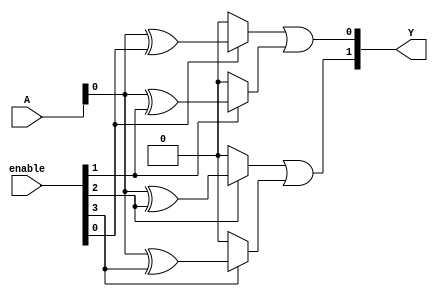
module SPAL #(
    parameter N = 4,    // Number of inputs
    parameter P = 4,    // Number of product terms
    parameter M = 2     // Number of outputs
) (
    input wire [N-1:0] A,   // Input lines
    input wire [P-1:0] enable, // Enable signals for each product term
    output wire [M-1:0] Y    // Output lines
);

// Declare wires for each product term
wire [P-1:0] product_terms [0:N-1];

// Generate the programmable AND array
genvar i, j;
generate
    for (i = 0; i < P; i = i + 1) begin : AND_array
        for (j = 0; j < N; j = j + 1) begin : input_logic
            // Each product term can be formed based on the enabled signals
            assign product_terms[i][j] = enable[i] ? (A[j] ^ (enable[i] & 1'b1)) : 1'b0; // XOR for demonstration
        end
    end
endgenerate

// Fixed OR array to combine product terms
assign Y[0] = product_terms[0] | product_terms[1]; // Example logic for output Y[0]
assign Y[1] = product_terms[2] | product_terms[3]; // Example logic for output Y[1]

endmodule